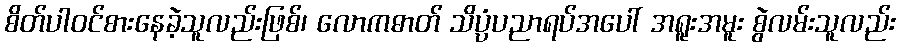
စိတ်ပါဝင်စားနေခဲ့သူလည်းဖြစ်၊ လောကဓာတ် သိပ္ပံပညာရပ်အပေါ် အရူးအမူး စွဲလမ်းသူလည်း